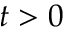
t > 0